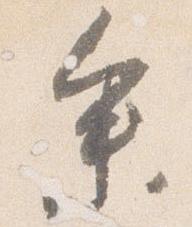
参